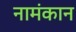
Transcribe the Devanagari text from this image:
नामंकान